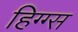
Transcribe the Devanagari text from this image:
हिग्ग्स